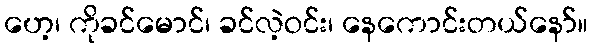
ဟေ့၊ ကိုခင်မောင်၊ ခင်လဲ့ဝင်း၊ နေကောင်းတယ်နော်။